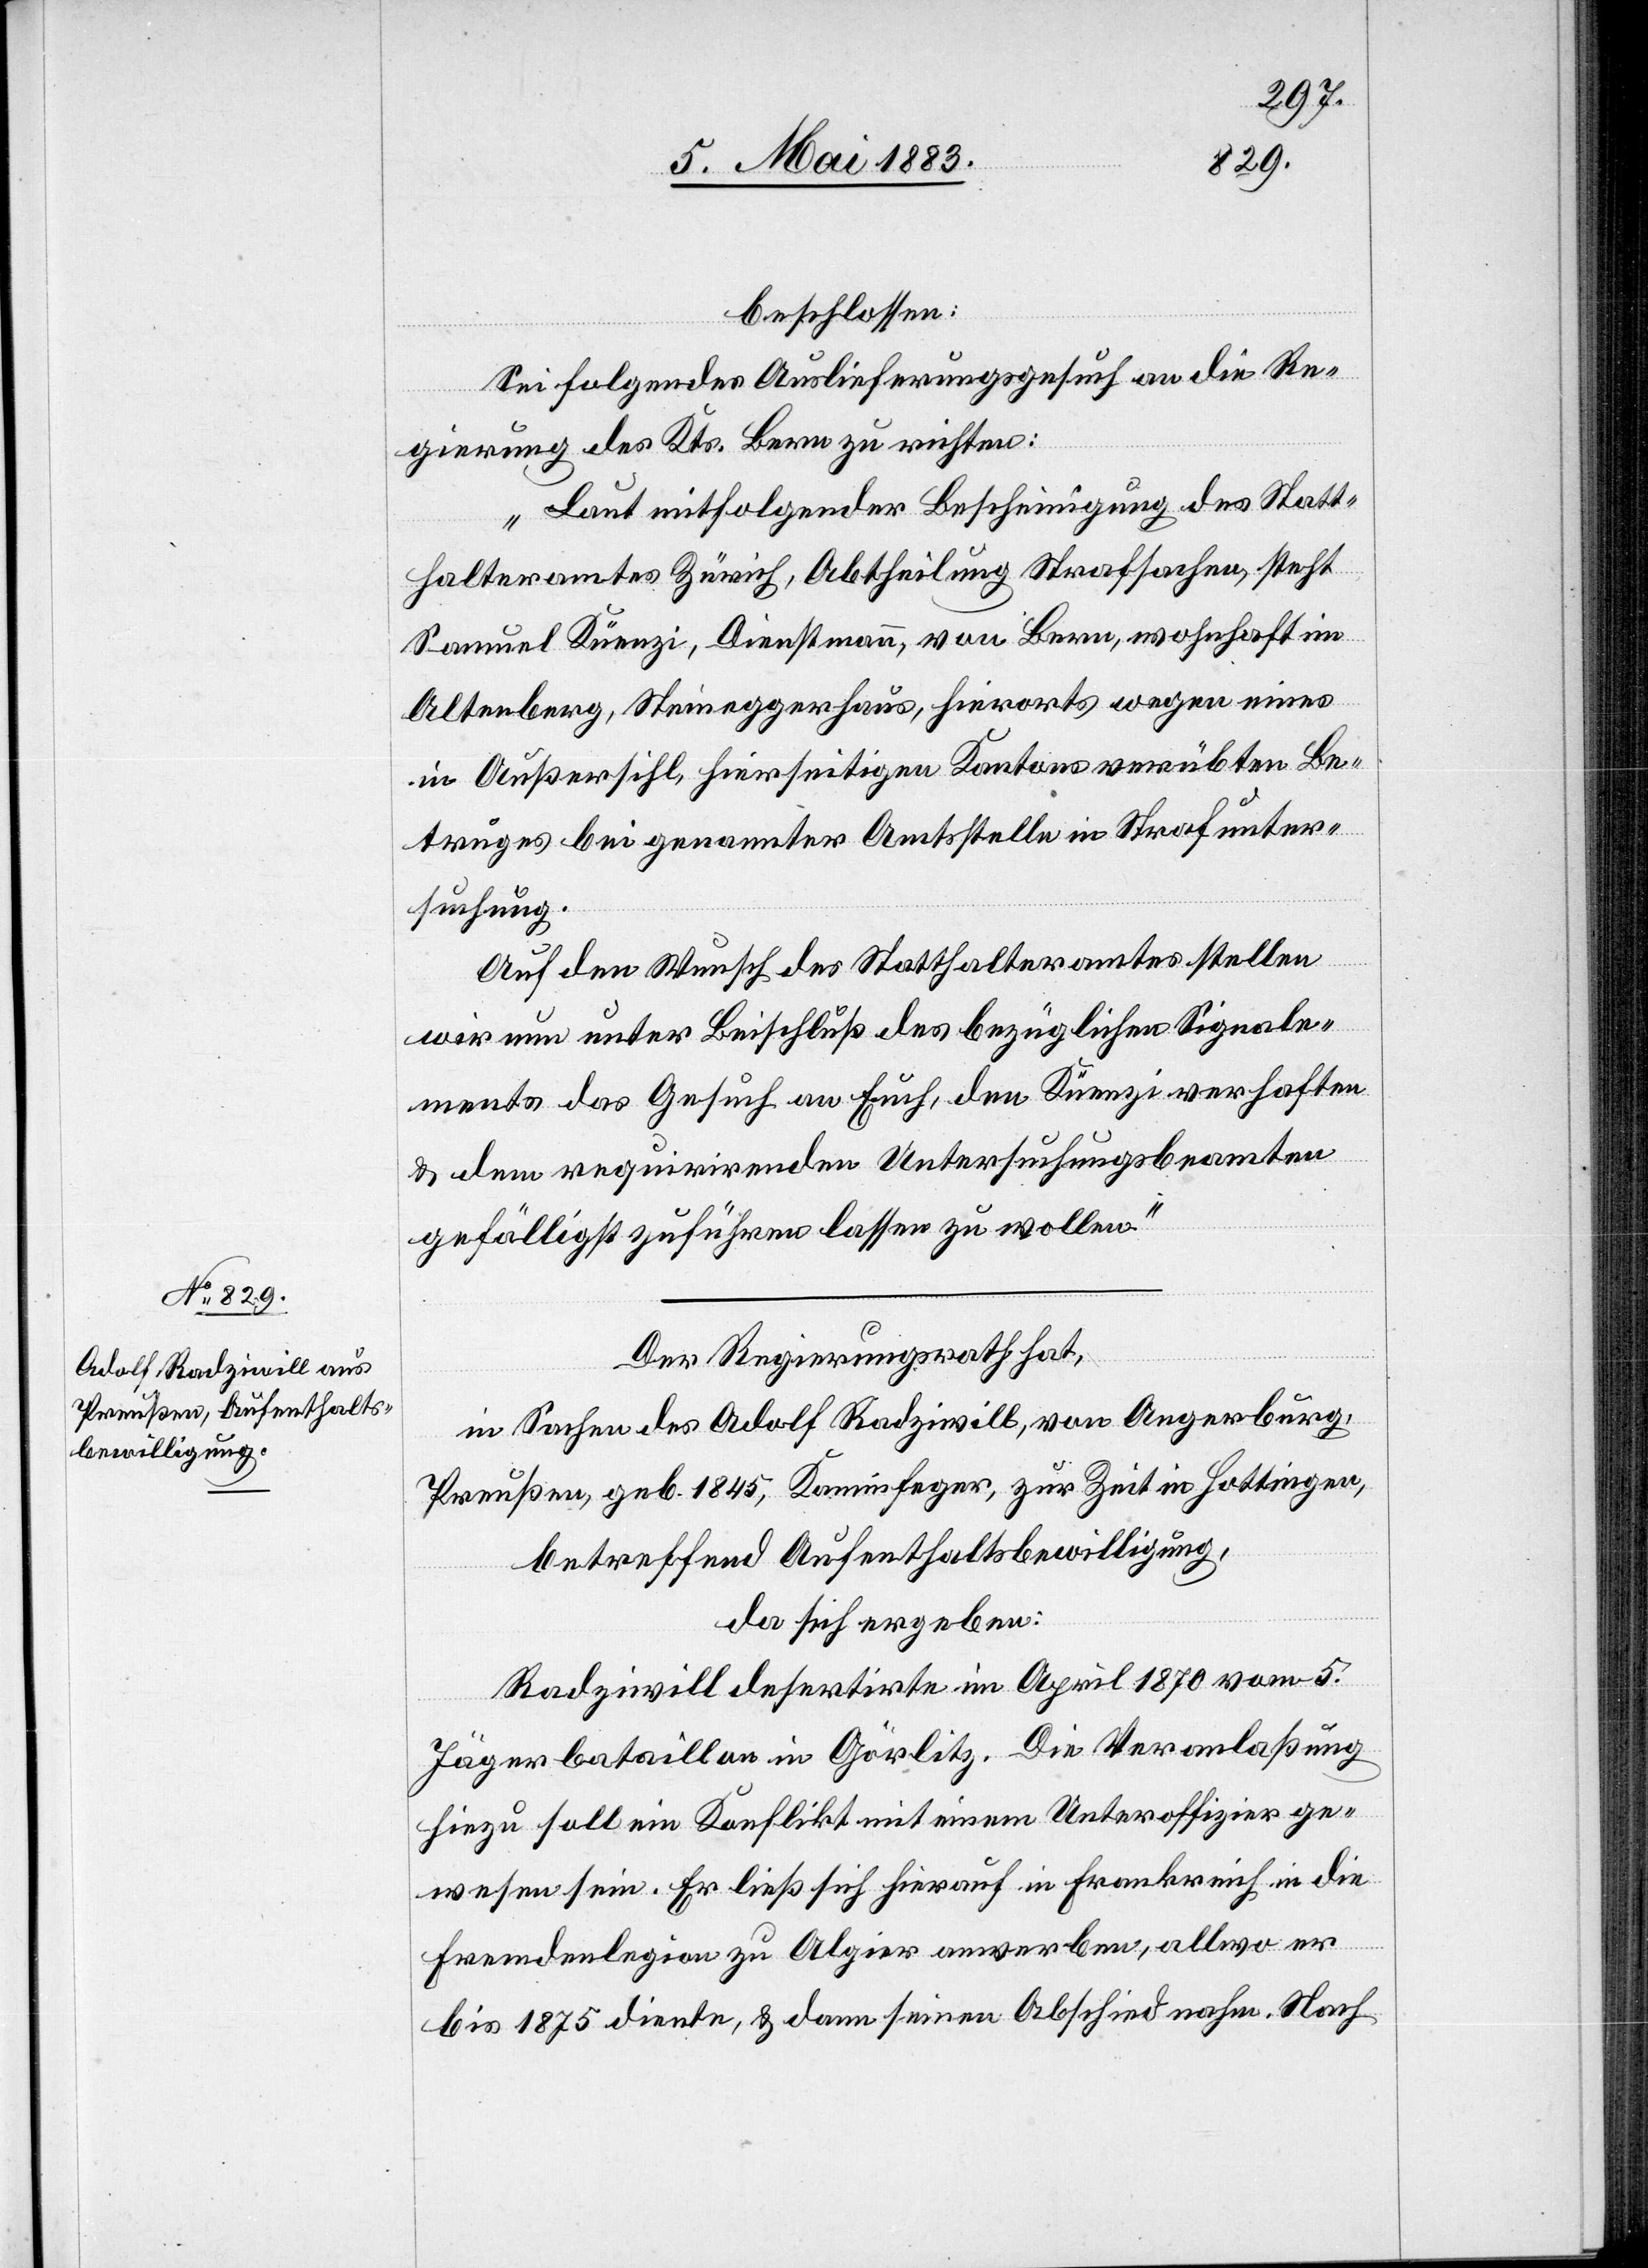
beschlossen:
Sei folgendes Auslieferungsgesuch an die Re¬
gierung des Kts. Bern zu richten:
„Laut mitfolgender Bescheinigung des Statt¬
halteramtes Zürich, Abtheilung Strafsachen, steht
Samuel Künzi, Dienstmann, von Bern, wohnhaft in
Altenberg, Steineggerhaus, hierorts wegen eines
in Außersihl, hierseitigen Kantons verübten Be¬
truges bei genannter Amtsstelle in Strafunter¬
suchung.
Auf den Wunsch des Statthalteramtes stellen
wir nun unter Beischluß des bezüglichen Signale¬
ments das Gesuch an Euch, den Künzi verhaften
& dem requirirenden Untersuchungsbeamten
gefälligst zuführen lassen zu wollen.“
Der Regierungsrath hat,
in Sachen des Adolf Radziwill, von Angerburg,
Preußen, geb. 1845, Kaminfeger, zur Zeit in Hottingen,
betreffend Aufenthaltsbewilligung,
da sich ergeben:
Radziwill desertirte im April 1870 vom 5.
Jägerbataillon in Görlitz. Die Veranlaßung
hiezu soll ein Konflikt mit einem Unteroffizier ge¬
wesen sein. Er ließ sich hierauf in Frankreich in die
Fremdenlegion zu Algier anwerben, allwo er
bis 1875 diente, & dann seinen Abschied nahm. Nach